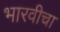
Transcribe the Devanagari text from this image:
भारवीचा